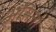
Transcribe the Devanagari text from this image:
ऑसलो